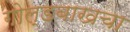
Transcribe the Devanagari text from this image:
गोल्डबाखचा